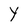
Character: Y